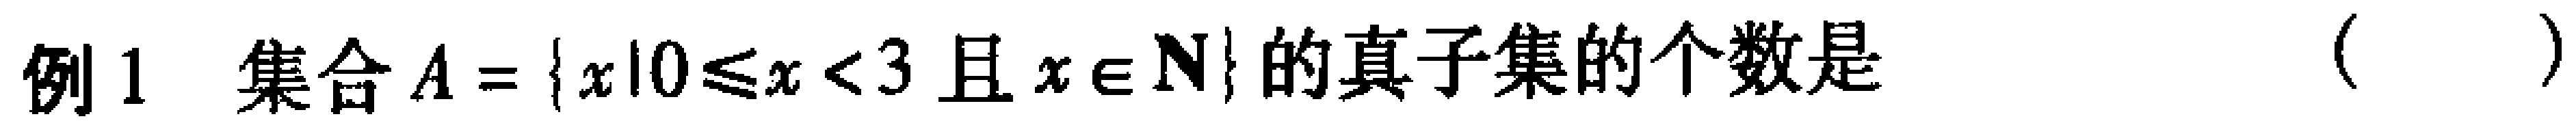
例1 集合\(A = \{x|0\leq x < 3 且 x\in \mathbf{N}\}\)的真子集的个数是（  ）